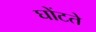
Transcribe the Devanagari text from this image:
घोंटते